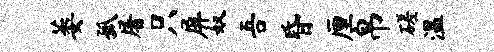
萎孤屠只屏奴吾昏厘帛磋温